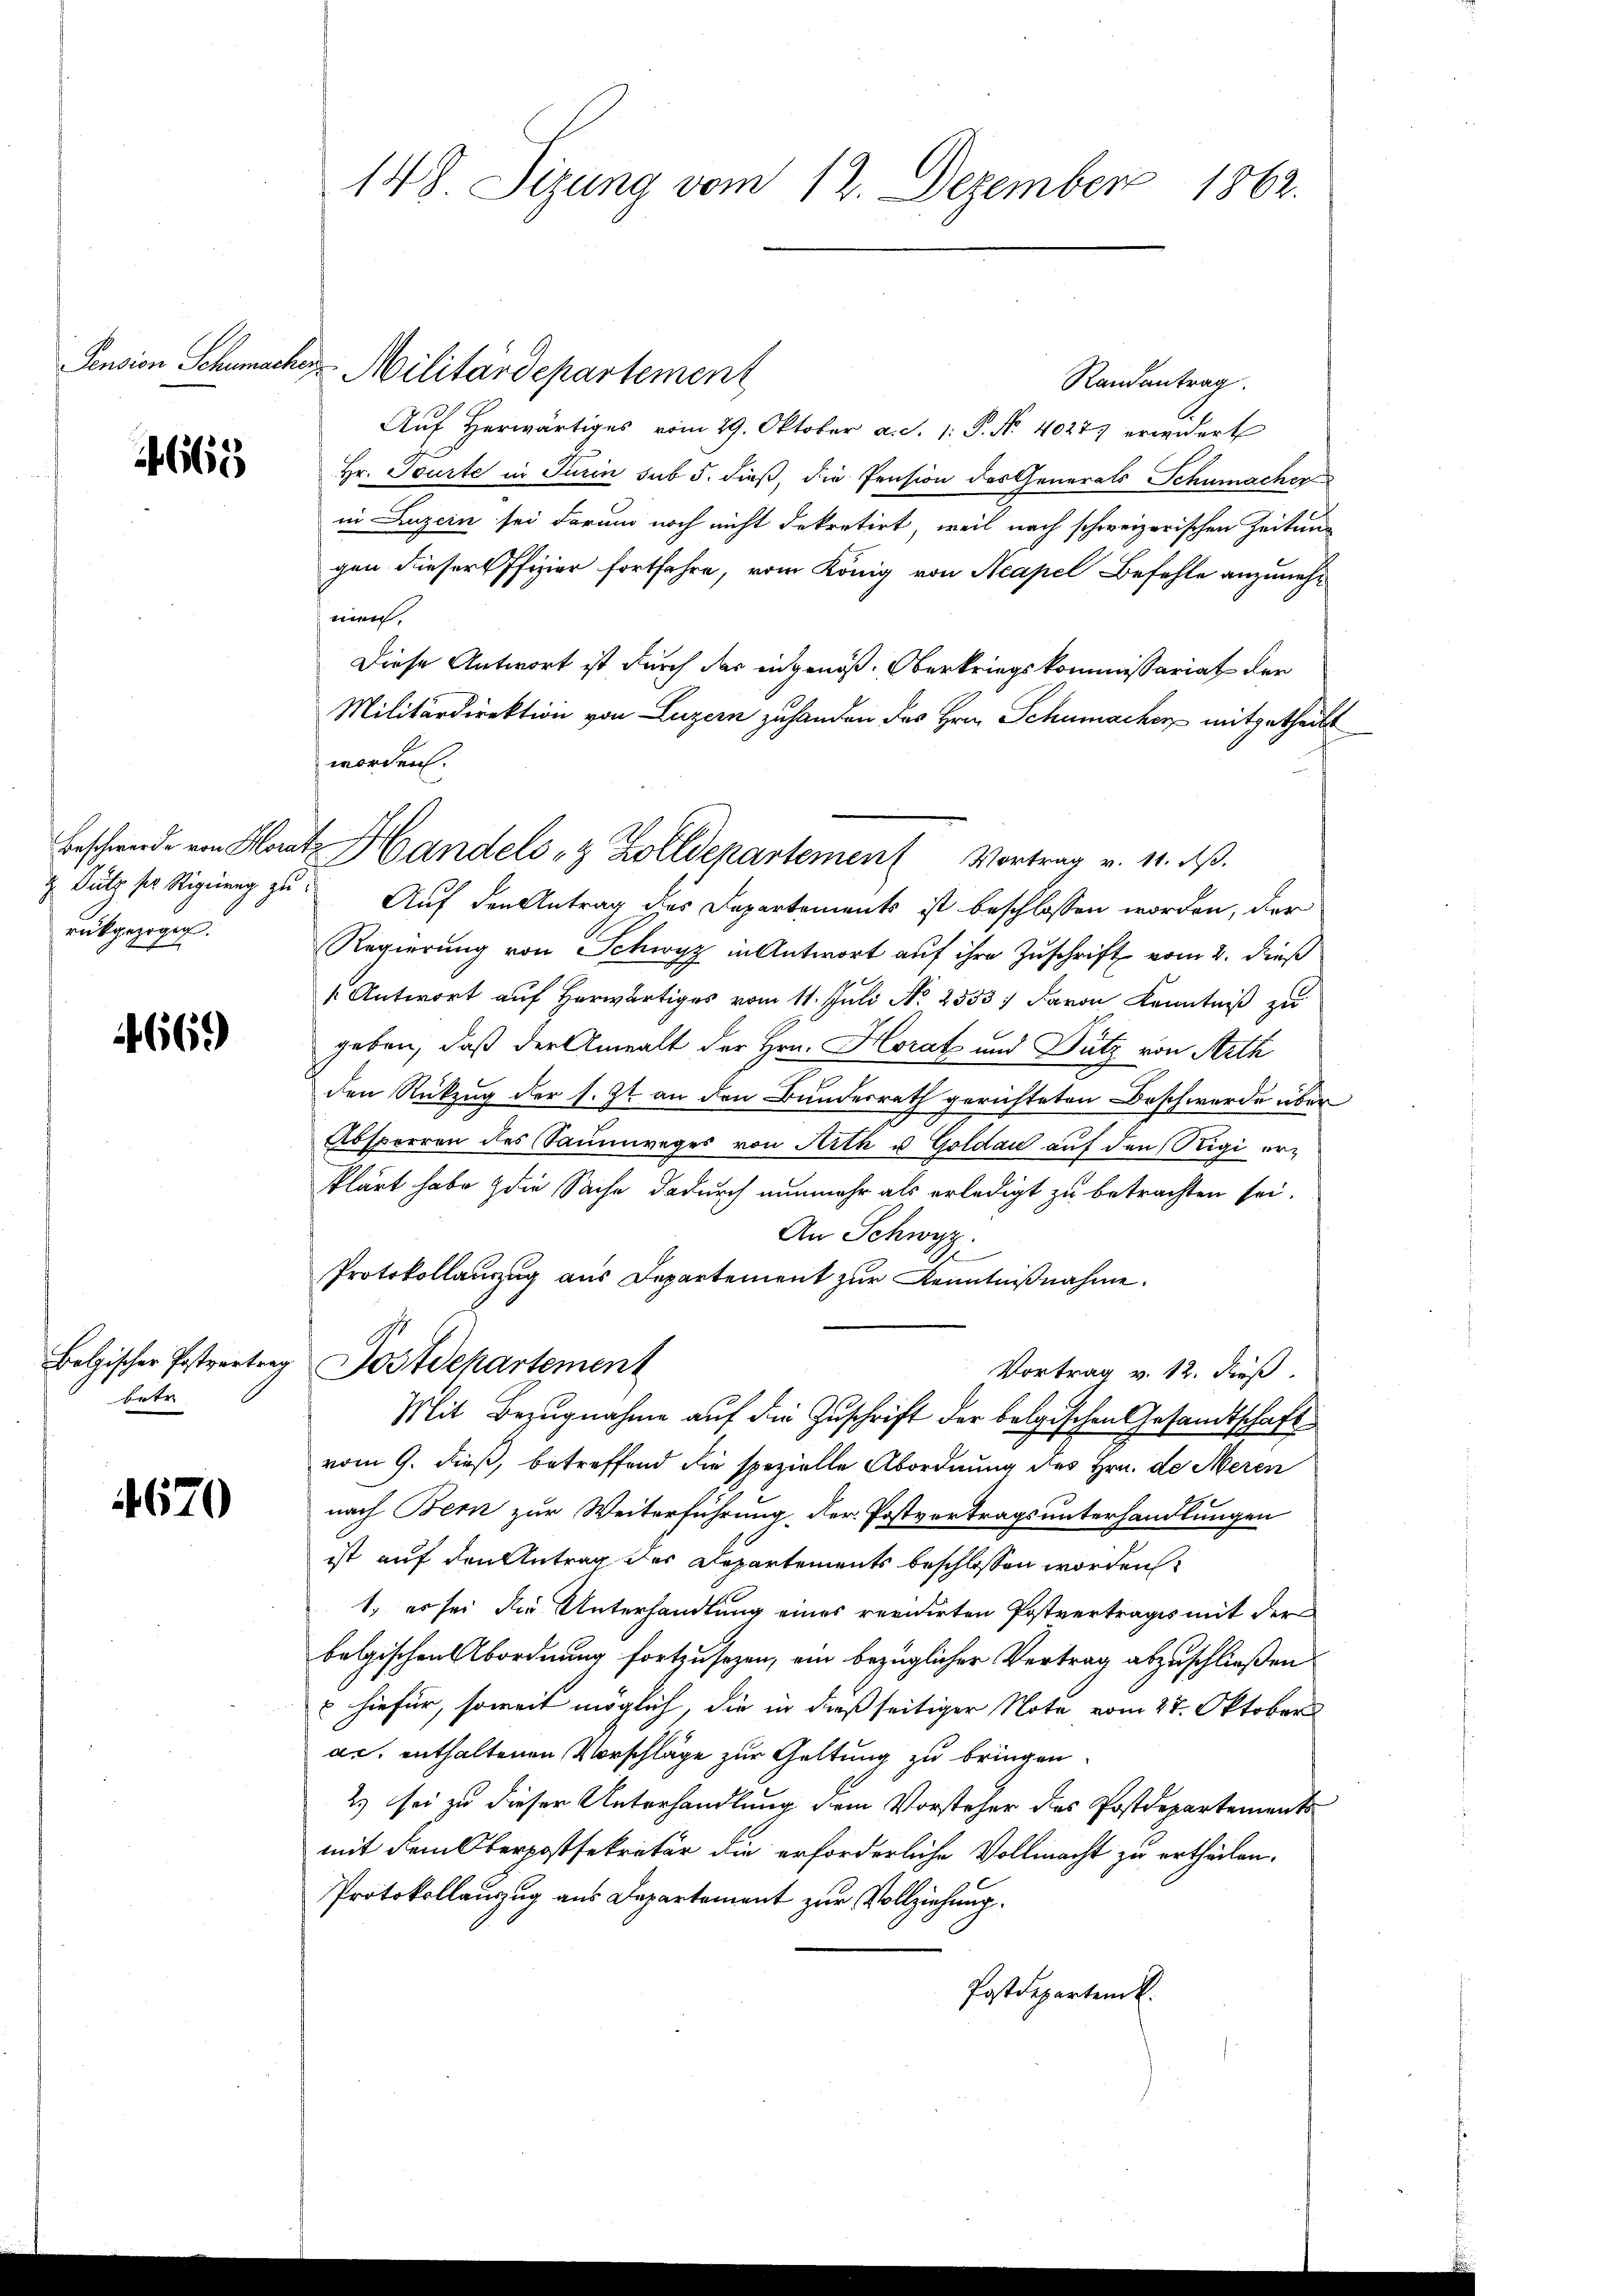
665

Beschwerde von Hora.
z Sutz der Signung zu
rückgezogen.

669)

Bolzischer Postvertrebetr.

4670

148 Sizung vom 12. Dezember 1862.

Pension Schumacher Militärdepartement

Randantrag.
Auf herwärtiges vom 29. Oktober a. d. 1. P. Nr. 4027 erwidert
Hr. Tourte in Turin sub 5. dieß, die Pension des Generals Schumacher
in Luzern sei darum noch nicht dekretirt, weil nach schweizerischen Zeitung
gen dieser Pfizier fortfahre, vom König von Acapel Befehle anzunehmen.
Diese Antwort ist durch der ingenoß. Oberkriegskommissariat der
Militärdirektion von Luzern zuhanden des Hrn. Schumachen mitgetheilt
worden.
Auf den Antrag des Departements ist beschlossen worden, der
Regierung von Schwyz in Antwort auf ihre Zuschrift vom 2. dieß
 Antwort auf herwärtiges vom 11. Juli No 2553. Davon Kenntniß zu
geben, daß der Anwalt der Hrn. Horat und Dutz von Arth
den Rückzug der s. Zt. an den Bundesrath gerichteten Beschwerde über
Absperren des Saumweges von Arth u. Goldau auf den Rigi erklärt habe die Sache dadurch nunmehr als erledigt zu betrachten sei.
An Schwyz.
Protokollauszug aus Departement zur Kenntnißnahme.
Postdepartement
Vortrag v. 12. dieß.
Mit Bezugnahme auf die Zuschrift der belgischen Gesandtschaft
vom 9. dieß, betreffend die spezielle Abordnung des Hrn. de Meren
nach Bern zur Weiterführung, der Postvertragsunterhandlungen
ist auf den Antrag des Departements beschlossen worden
1. es sei der Unterhandlung eines revidirten Postvertrages mit der
belgischen Abordnung fortzusezen, ein bezüglicher Vertrag abzuschließen
 hiefür, soweit möglich, die in dießseitiger Note vom 27. Oktober
ac, enthaltenen Vorschläge zur Geltung zu bringen.
2) sei zu dieser Unterhandlung dem Vorsteher des Postdepartements
mit dem Oberpostsekretär die erforderliche Vollmacht zu ertheilen.
Protokollauszug aus Departement zur Vollziehung.
Postdepartem k.

t Handels- & Zolldepartemen (Vortrag v. 11. ds.